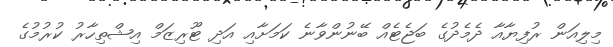
މިލިއަން ރުފިޔާއާ ދެމެދުގެ ބަޖެޓެއް ބޭނުންވާނެ ކަމަށާއި އަދި ޓޫރިޒަމް އިޝްތިހާރު ކުރުމުގެ